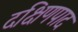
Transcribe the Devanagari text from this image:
दक्षिणपाद